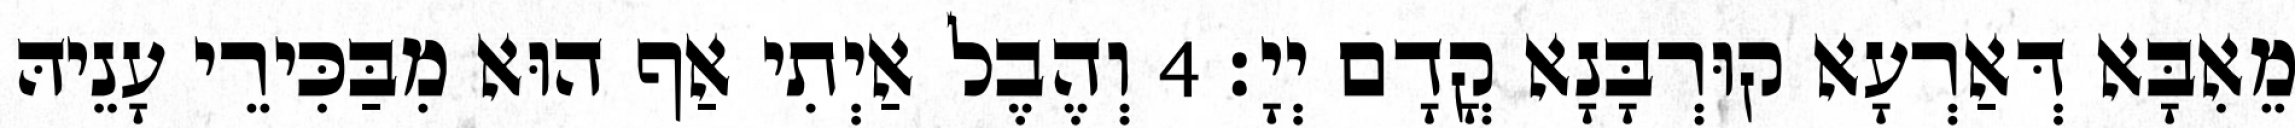
מֵאִבָּא דְּאַרְעָא קוּרְבָּנָא קֳדָם יְיָ׃ 4 וְהֶבֶל אַיְתִי אַף הוּא מִבַּכִּירֵי עָנֵיהּ